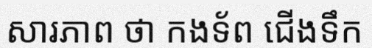
សារភាព ថា កងទ័ព ជើងទឹក